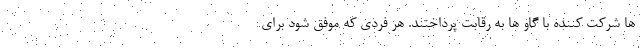
ها شرکت کننده با گاو ها به رقابت پرداختند. هر فردی که موفق شود برای